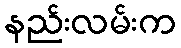
နည်းလမ်းက